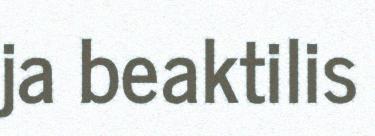
ja beaktilis